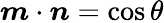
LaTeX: {\boldsymbol{m}}\cdot{\boldsymbol{n}}=\cos\theta